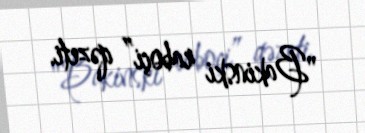
"Bakinski raboçi” qəzeti.